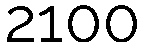
2100